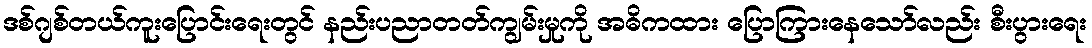
ဒစ်ဂျစ်တယ်ကူးပြောင်းရေးတွင် နည်းပညာတတ်ကျွမ်းမှုကို အဓိကထား ပြောကြားနေသော်လည်း စီးပွားရေး